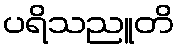
ပရိသညူတိ